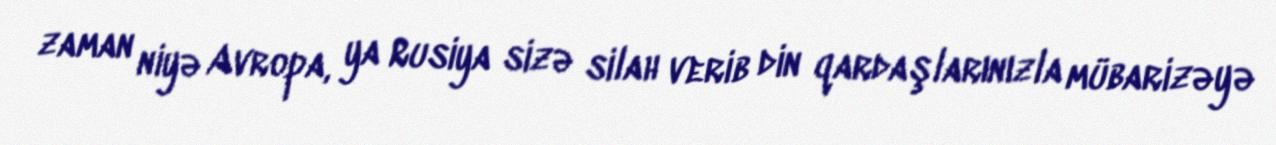
zaman niyə Avropa, ya Rusiya sizə silah verib din qardaşlarınızla mübarizəyə